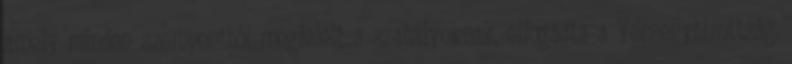
amely minden szempontból megfelelt a szabályoknak, elfogadta a Versenybizottság.